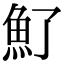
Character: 𩵌